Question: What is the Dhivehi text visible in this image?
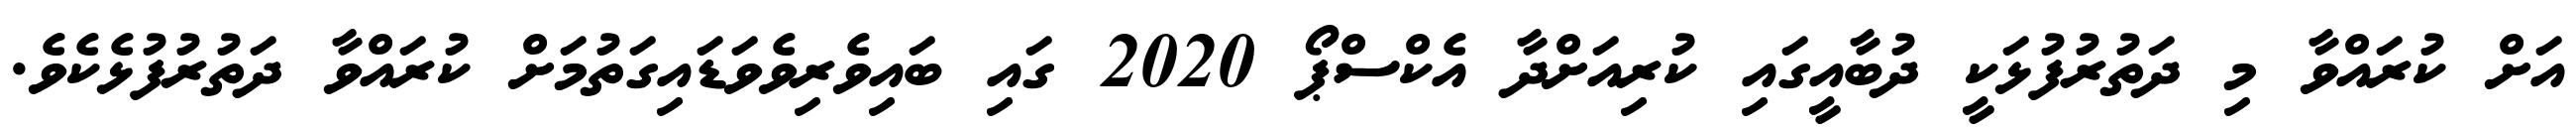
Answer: އަށް ކުރައްވާ މި ދަތުރުފުޅަކީ ދުބާއީގައި ކުރިއަށްދާ އެކްސްޕޯ 2020 ގައި ބައިވެރިވެވަޑައިގަތުމަށް ކުރައްވާ ދަތުރުފުޅެކެވެ.